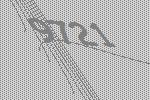
9721